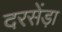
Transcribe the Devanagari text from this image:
दरसेंड़ा